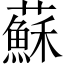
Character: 蘇